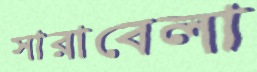
সারাবেলা